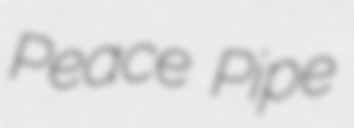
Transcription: Peace Pipe